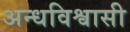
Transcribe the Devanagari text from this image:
अन्धविश्वासी